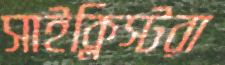
সাইক্লিস্টরা